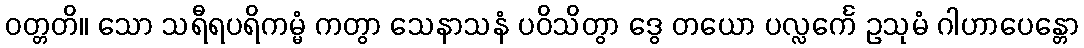
ဝတ္တတိ။ သော သရီရပရိကမ္မံ ကတွာ သေနာသနံ ပဝိသိတွာ ဒွေ တယော ပလ္လင်္ကေ ဥသုမံ ဂါဟာပေန္တော